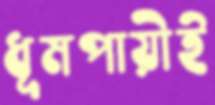
ধূমপায়ীই